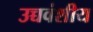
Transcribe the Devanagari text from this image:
उच्चवंशीय